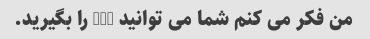
من فکر می کنم شما می توانید 486 را بگیرید.